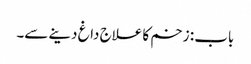
باب : زخم کا علاج داغ دینے سے۔